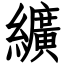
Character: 纊